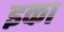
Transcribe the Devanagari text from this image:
इका